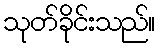
သုတ်ခိုင်းသည်။